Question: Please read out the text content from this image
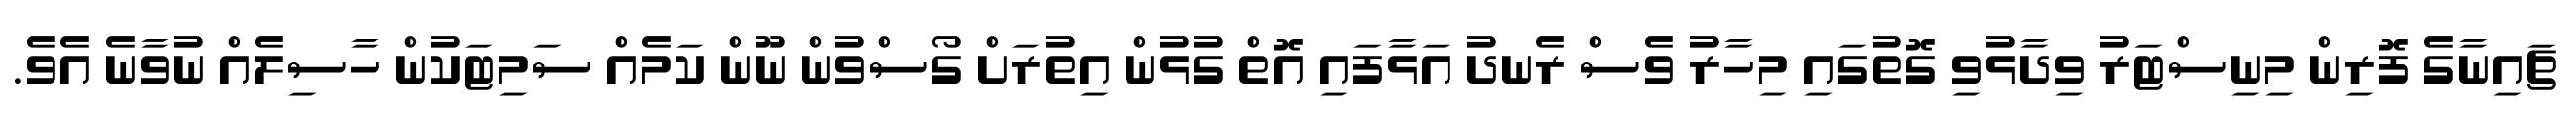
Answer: ޗައިނާގެ ފޮރިން މިނިސްޓަރު ވިދާޅުވި ގޮތުގައި މިހާރު ވެސް ރެނދު އަޅާފައި އޮތް ގުޅުން އިތުރަށް ގޯސްވުން ނޫން ކަމެއް ސަމިޓަކުން ހާސިލެއް ނުވާނެ އެވެ.